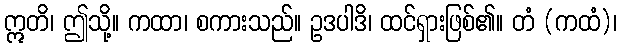
ဣတိ၊ ဤသို့။ ကထာ၊ စကားသည်။ ဥဒပါဒိ၊ ထင်ရှားဖြစ်၏။ တံ (ကထံ)၊